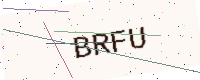
Text: BRFU